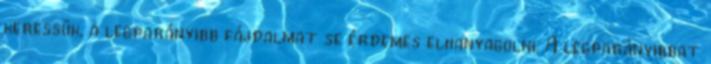
keressük, a legparányibb fájdalmat se érdemes elhanyagolni. A legparányibbat